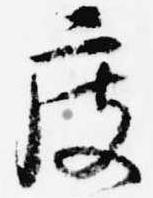
度